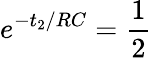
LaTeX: e^{-t_{2}/RC}=\frac{1}{2}